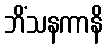
ဘိံသနကာနိ